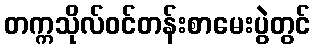
တက္ကသိုလ်ဝင်တန်းစာမေးပွဲတွင်